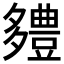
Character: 𮙗